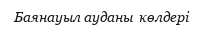
Баянауыл ауданы  көлдері